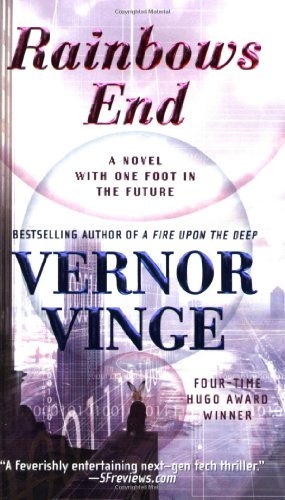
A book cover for Rainbows End; Vernor Vinge; Science Fiction & Fantasy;